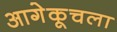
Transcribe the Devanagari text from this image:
आगेकूचला